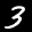
Label: 3